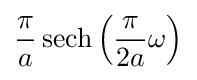
{\frac {\pi }{a}}\operatorname {sech} \left({\frac {\pi }{2a}}\omega \right)